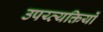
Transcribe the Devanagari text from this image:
उपय्व्यक्तियों